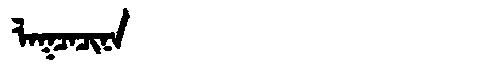
Manchu: ᠯᠠᡴᠴᠠᠴᡳᠨᠠ
Romanization: LAKCACINA